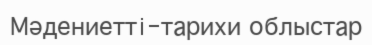
Мәдениеттi-тарихи облыстар